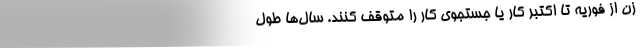
زن از فوریه تا اکتبر کار یا جستجوی کار را متوقف کنند. سال‌ها طول